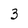
Character: 3